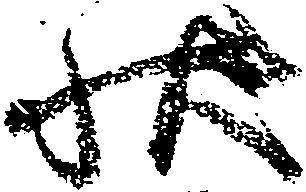
状